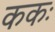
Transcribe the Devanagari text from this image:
ककः